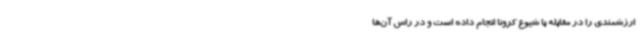
ارزشمندی را در مقابله با شیوع کرونا انجام داده است و در راس آن‌ها